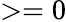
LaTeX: >=0